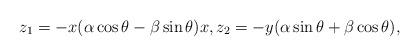
LaTeX: \begin{align*}z_1=-x(\alpha \cos \theta-\beta \sin \theta)x,z_2=-y(\alpha\sin \theta+\beta \cos \theta),\end{align*}